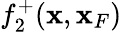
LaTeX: f_{2}^{+}({\mathbf x},{\mathbf x}_{F})